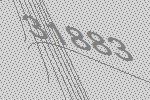
31883